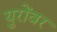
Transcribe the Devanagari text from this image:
युरोंवर